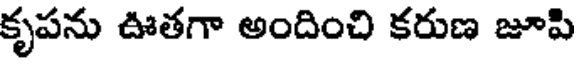
కృపను ఊతగా అందించి కరుణ జూపి